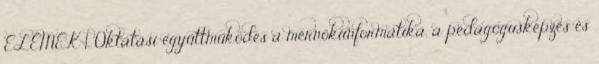
ELEMEK 1. Oktatási együttműködés a mérnökiinformatika, a pedagógusképzés és